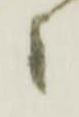
候